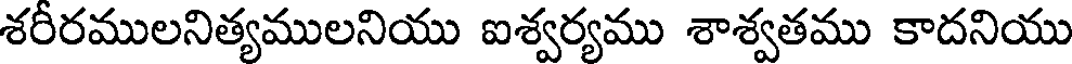
శరీరములనిత్యములనియు ఐశ్వర్యము శాశ్వతము కాదనియు